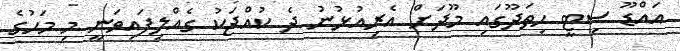
އައްޑޫ ސިޓީ ހިތަދޫގައި މޫދަށް އެރިއުޅުނު ދެ ކުއްޖަކު ގެއްލިފައިވަނީ މި މަހުގެ